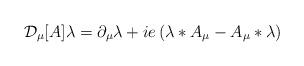
LaTeX: \begin{align*}{\cal D}_\mu[A] \lambda = \partial_\mu \lambda + ie \left( \lambda*A_\mu - A_\mu*\lambda\right) \end{align*}